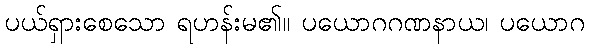
ပယ်ရှားစေသော ရဟန်းမ၏။ ပယောဂဂဏနာယ၊ ပယောဂ